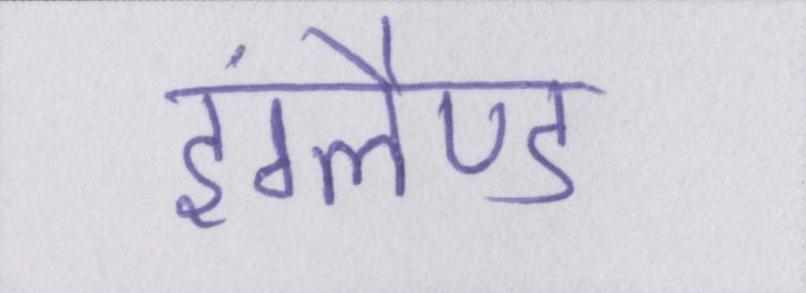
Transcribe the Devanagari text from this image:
इंग्लैण्ड